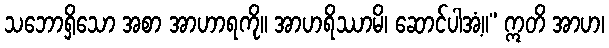
သဘောရှိသော အစာ အာဟာရကို။ အာဟရိဿာမိ၊ ဆောင်ပါအံ့။” ဣတိ အာဟ၊